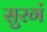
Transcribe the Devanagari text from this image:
सुरगं